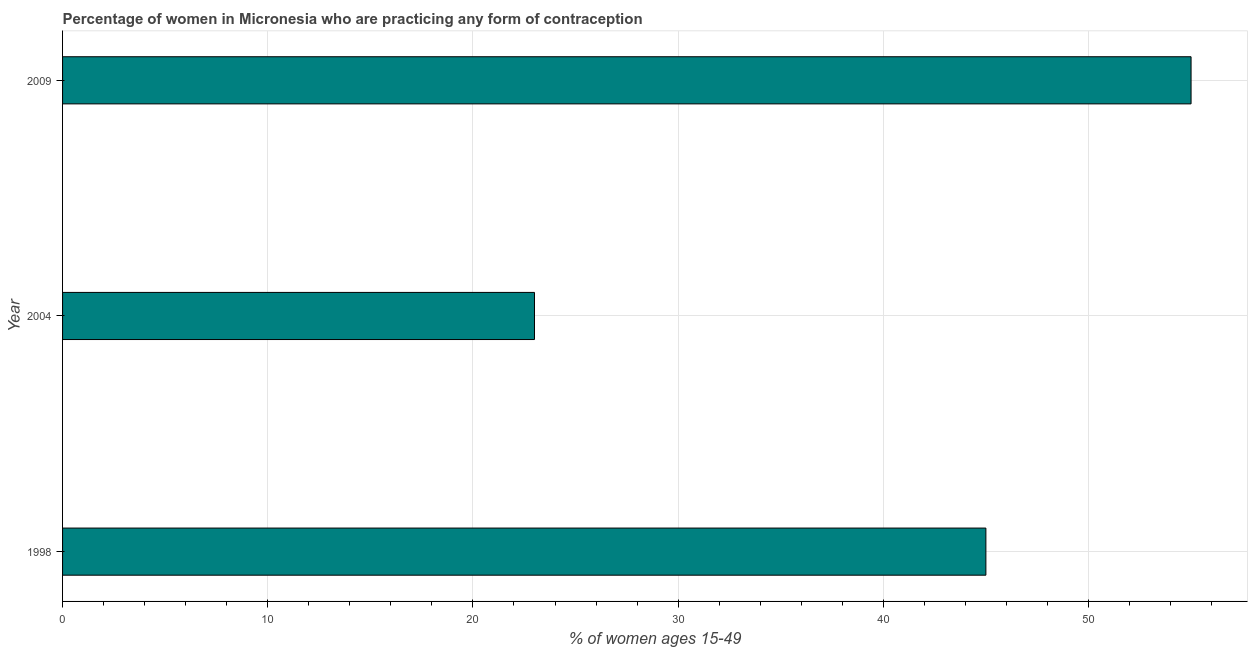
| Year | Contraceptive prevalence |
 | --- | --- |
 | 1998 | 45 |
 | 2004 | 23 |
 | 2009 | 55 |